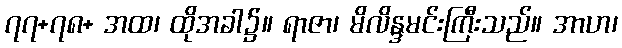
၇၇+၇၈+ အထ၊ ထိုအခါ၌။ ရာဇာ၊ မိလိန္ဒမင်းကြီးသည်။ အာဟ၊